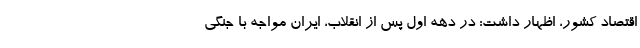
اقتصاد کشور، اظهار داشت: در دهه اول پس از انقلاب، ایران مواجه با جنگی